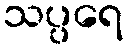
သပ္ပရေ